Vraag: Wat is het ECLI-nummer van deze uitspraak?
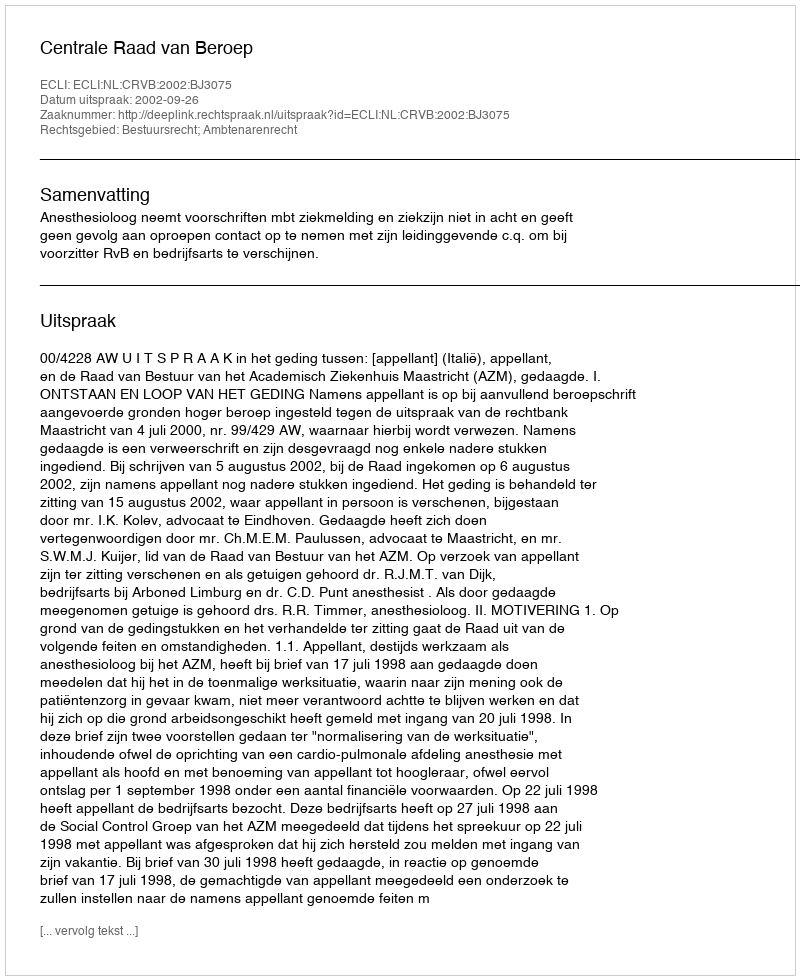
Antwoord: ECLI:NL:CRVB:2002:BJ3075